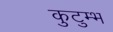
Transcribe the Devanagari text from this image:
कुटुम्भ